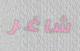
شاغر